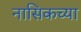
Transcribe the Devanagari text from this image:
नासिकच्या